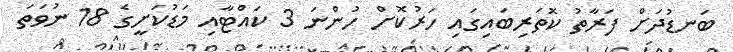
ބަނޑުދަށް ފަރާތު ކޮތަރިބައިގައި ހަރުކޮށް ހުންނަ 3 ކައްޓާއި މަޑުކަށީގެ 18 ނުވަތަ